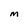
Character: M